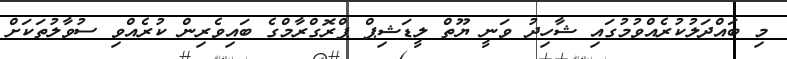
މި ބައްދަލުކުރެއްވުމުގައި ޝާހިދު ވަނީ ޔޫތް ލީޑަޝިޕް ޕްރޮގްރާމްގެ ބައިވެރިން ކުރެއްވި ސުވާލުތަކަށް